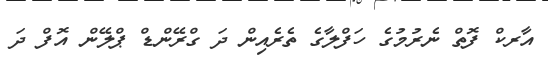
އާރކް ފޮތް ނެރުމުގެ ހަފްލާގެ ތެރެއިން ދަ ގްރޭންޑް ޕްލޭން އޮފް ދަ